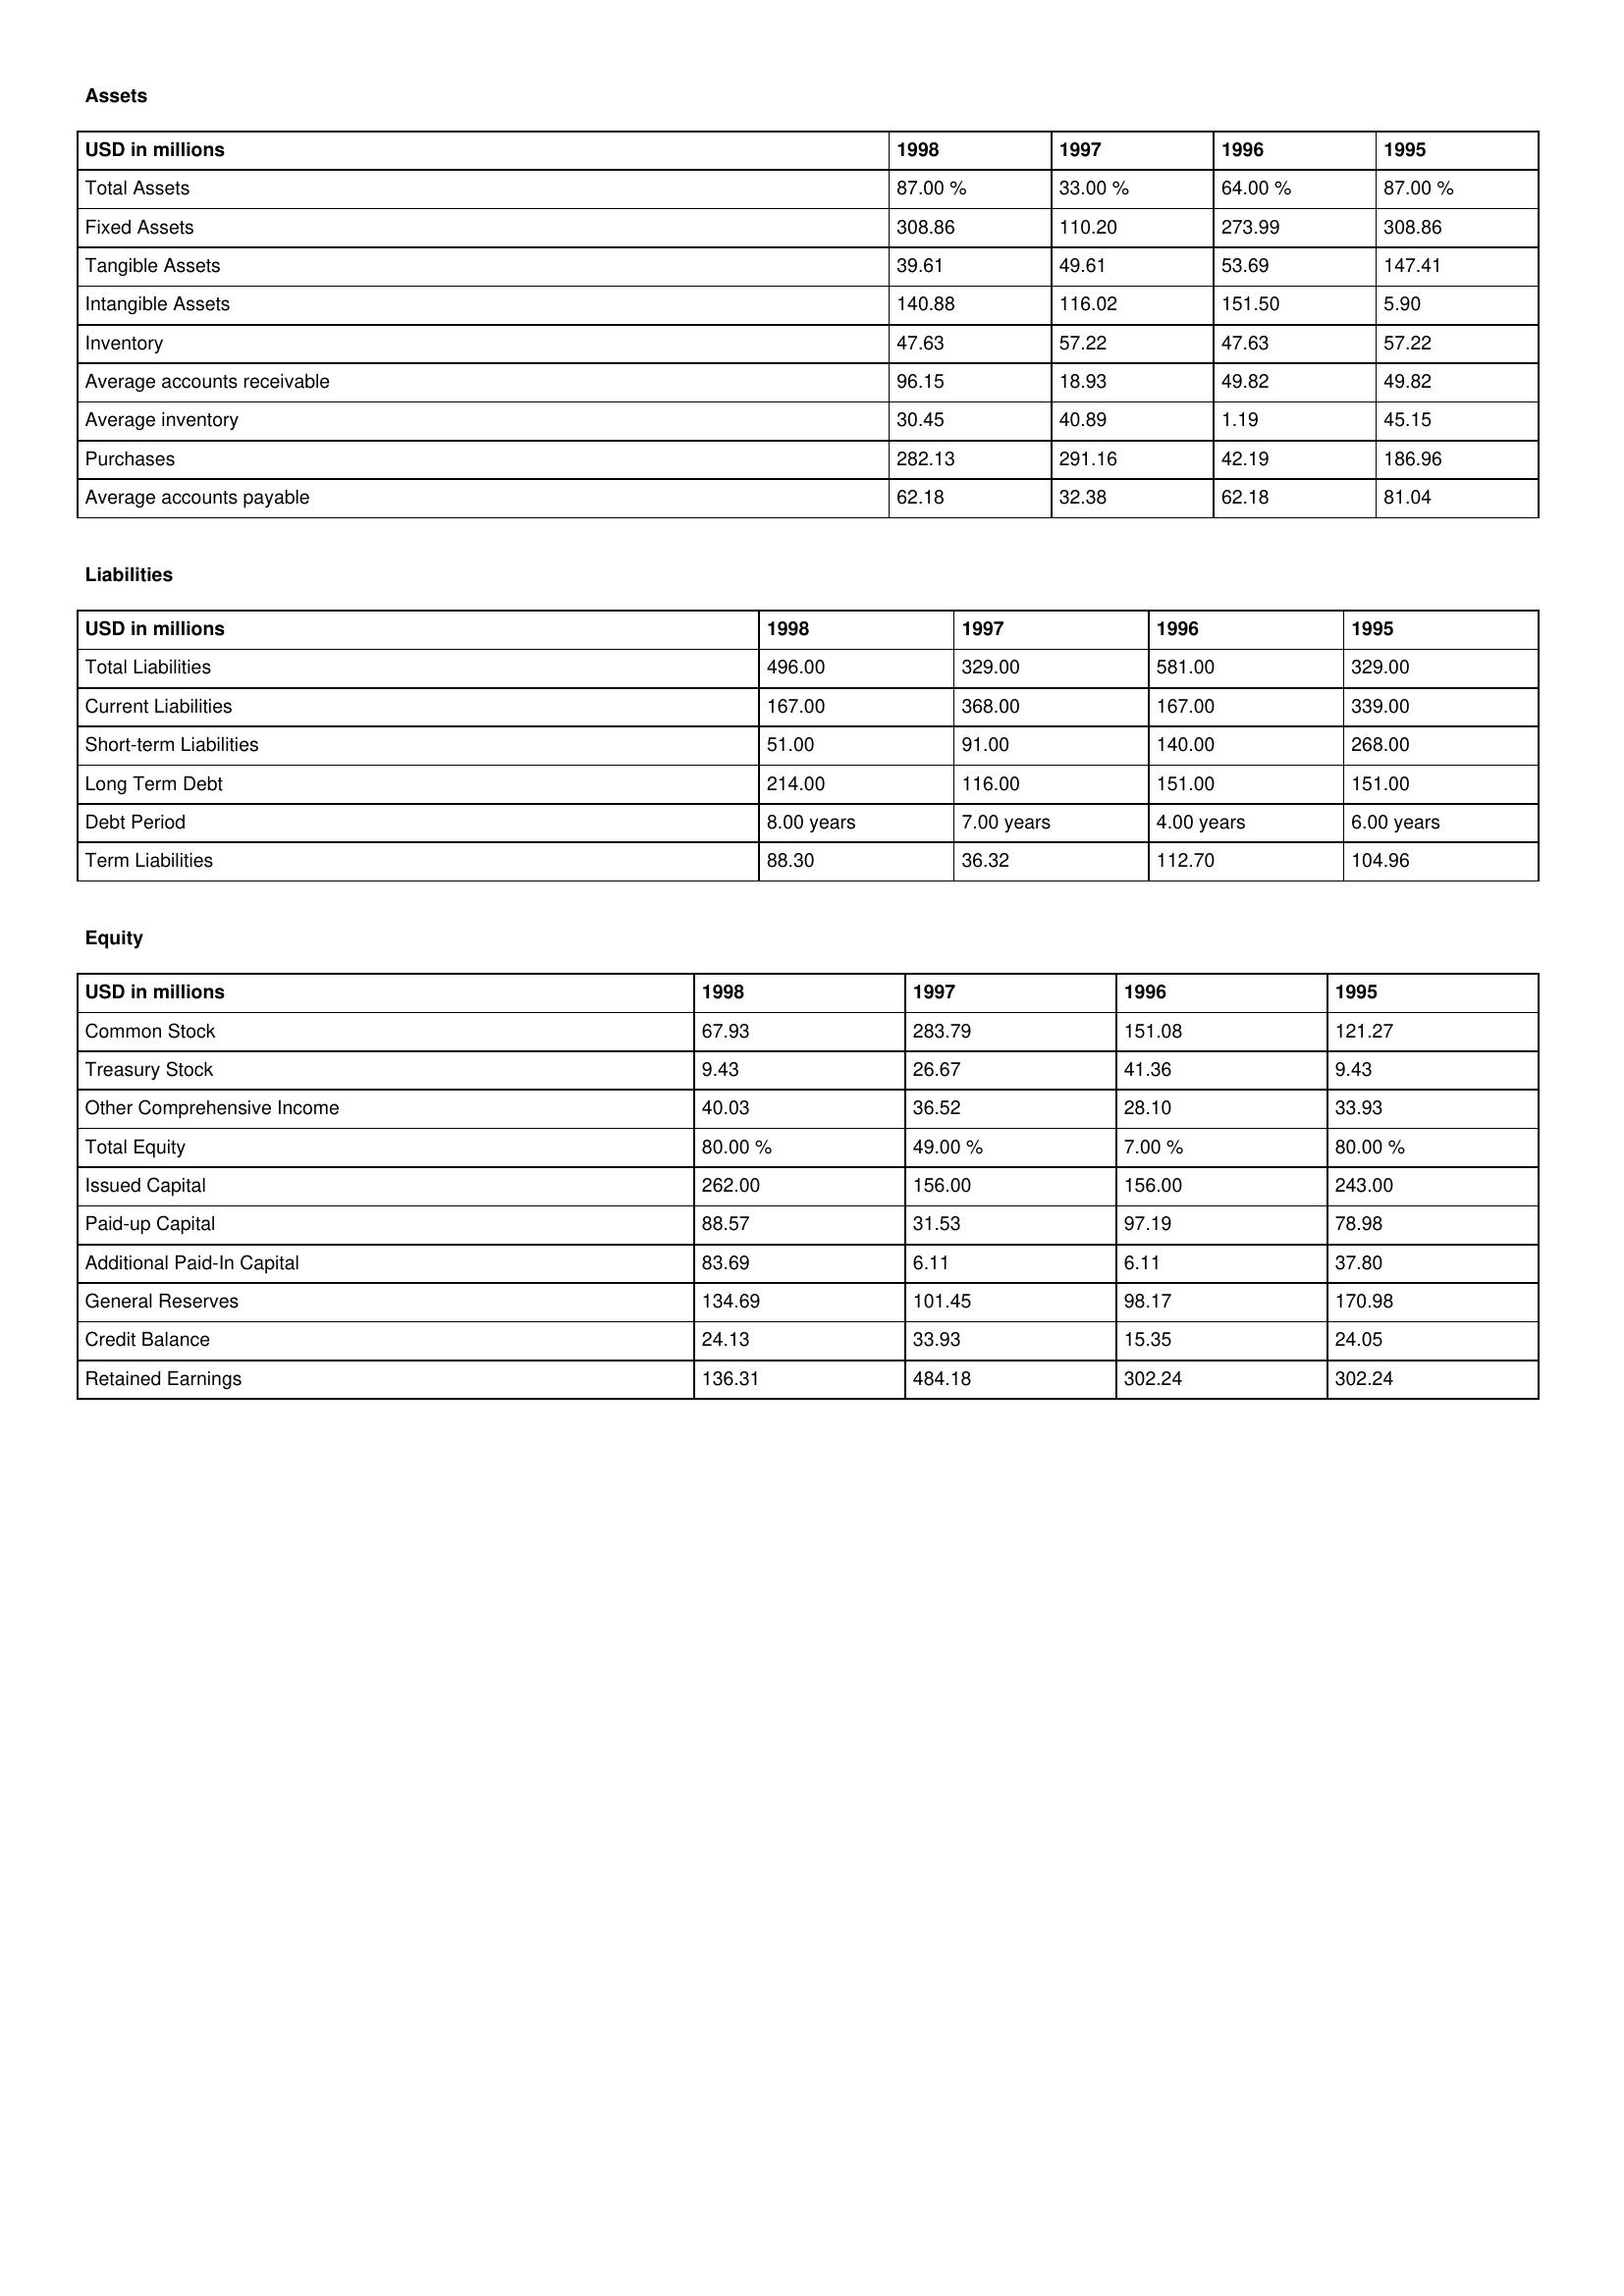
gt_parse: 1998: Assets: Total Assets: 87.00 %
Fixed Assets: 308.86
Tangible Assets: 39.61
Intangible Assets: 140.88
Inventory: 47.63
Average accounts receivable: 96.15
Average inventory: 30.45
Purchases: 282.13
Average accounts payable: 62.18
Liabilities: Total Liabilities: 496.00
Current Liabilities: 167.00
Short-term Liabilities: 51.00
Long Term Debt: 214.00
Debt Period: 8.00 years
Term Liabilities: 88.30
Equity: Common Stock: 67.93
Treasury Stock: 9.43
Other Comprehensive Income: 40.03
Total Equity: 80.00 %
Issued Capital: 262.00
Paid-up Capital: 88.57
Additional Paid-In Capital: 83.69
General Reserves: 134.69
Credit Balance: 24.13
Retained Earnings: 136.31
1997: Assets: Total Assets: 33.00 %
Fixed Assets: 110.20
Tangible Assets: 49.61
Intangible Assets: 116.02
Inventory: 57.22
Average accounts receivable: 18.93
Average inventory: 40.89
Purchases: 291.16
Average accounts payable: 32.38
Liabilities: Total Liabilities: 329.00
Current Liabilities: 368.00
Short-term Liabilities: 91.00
Long Term Debt: 116.00
Debt Period: 7.00 years
Term Liabilities: 36.32
Equity: Common Stock: 283.79
Treasury Stock: 26.67
Other Comprehensive Income: 36.52
Total Equity: 49.00 %
Issued Capital: 156.00
Paid-up Capital: 31.53
Additional Paid-In Capital: 6.11
General Reserves: 101.45
Credit Balance: 33.93
Retained Earnings: 484.18
1996: Assets: Total Assets: 64.00 %
Fixed Assets: 273.99
Tangible Assets: 53.69
Intangible Assets: 151.50
Inventory: 47.63
Average accounts receivable: 49.82
Average inventory: 1.19
Purchases: 42.19
Average accounts payable: 62.18
Liabilities: Total Liabilities: 581.00
Current Liabilities: 167.00
Short-term Liabilities: 140.00
Long Term Debt: 151.00
Debt Period: 4.00 years
Term Liabilities: 112.70
Equity: Common Stock: 151.08
Treasury Stock: 41.36
Other Comprehensive Income: 28.10
Total Equity: 7.00 %
Issued Capital: 156.00
Paid-up Capital: 97.19
Additional Paid-In Capital: 6.11
General Reserves: 98.17
Credit Balance: 15.35
Retained Earnings: 302.24
1995: Assets: Total Assets: 87.00 %
Fixed Assets: 308.86
Tangible Assets: 147.41
Intangible Assets: 5.90
Inventory: 57.22
Average accounts receivable: 49.82
Average inventory: 45.15
Purchases: 186.96
Average accounts payable: 81.04
Liabilities: Total Liabilities: 329.00
Current Liabilities: 339.00
Short-term Liabilities: 268.00
Long Term Debt: 151.00
Debt Period: 6.00 years
Term Liabilities: 104.96
Equity: Common Stock: 121.27
Treasury Stock: 9.43
Other Comprehensive Income: 33.93
Total Equity: 80.00 %
Issued Capital: 243.00
Paid-up Capital: 78.98
Additional Paid-In Capital: 37.80
General Reserves: 170.98
Credit Balance: 24.05
Retained Earnings: 302.24